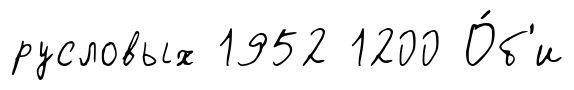
русловых 1952 1200 О́б'и